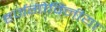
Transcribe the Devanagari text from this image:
हर्जगोविनीया